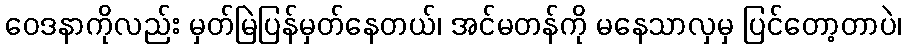
ဝေဒနာကိုလည်း မှတ်မြဲပြန်မှတ်နေတယ်၊ အင်မတန်ကို မနေသာလှမှ ပြင်တော့တာပဲ၊